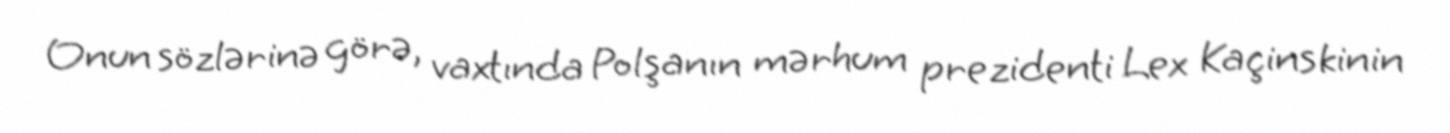
Onun sözlərinə görə, vaxtında Polşanın mərhum prezidenti Lex Kaçinskinin